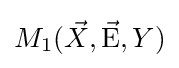
M_{1}({\vec {X}},{\vec {\rm {E}}},Y)